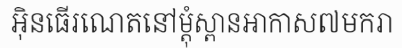
អ៊ិនធើរណេតនៅម្តុំស្ពានអាកាស៧មករា